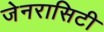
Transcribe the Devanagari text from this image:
जेनरासिटी